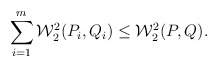
\begin{align*}\sum_{i=1}^m \mathcal{W}_2^2(P_i,Q_i) \le \mathcal{W}_2^2(P,Q).\end{align*}